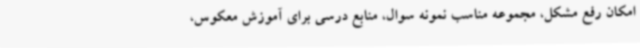
امکان رفع مشکل، مجموعه مناسب نمونه سوال، منابع درسی برای آموزش معکوس،